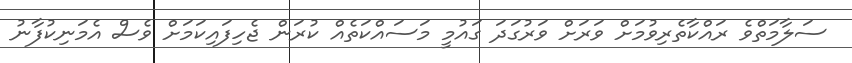
ސަލާމަތްވެ ރައްކާތެރިވުމަށް ވަރަށް ވަރުގަދަ ގައުމީ މަސައްކަތެއް ކުރަން ޖެހިފައިކަމަށް ވެސް އެމަނިކުފާނު